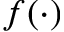
f ( \cdot )